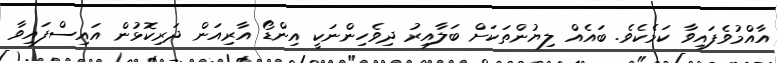
އާއްމުވެފައިވާ ކަމެކެވެ. ބައެއް ލިޔުންތަކަށް ބަލާއިރު ދިވެހިންނަކީ އިންޑޯ އާރިއަން ދަރިކޮޅުން އައިސްފައިވާ